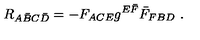
R _ { A \bar { B } C \bar { D } } = - F _ { A C E } g ^ { E \bar { F } } \bar { F } _ { F B D } \ .